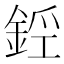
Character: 𨧑